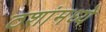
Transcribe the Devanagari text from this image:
ठशांमध्ये